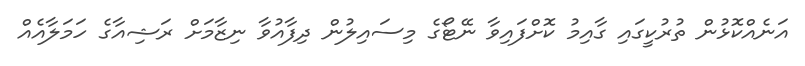
އަނެއްކޮޅުން ތުރުކީގައި ގާއިމު ކޮށްފައިވާ ނޭޓޯގެ މިސައިލުން ދިފާއުވާ ނިޒާމަށް ރަޝިއާގެ ހަމަލާއެއް